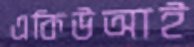
একিউআই